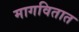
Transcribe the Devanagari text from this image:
मागवितात